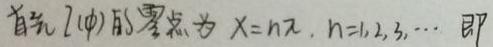
首先 $l(\phi)$ 的零点为 $x = n\pi, n = 1,2,3,\cdots$ 即